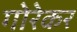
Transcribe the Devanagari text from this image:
गोरेकर